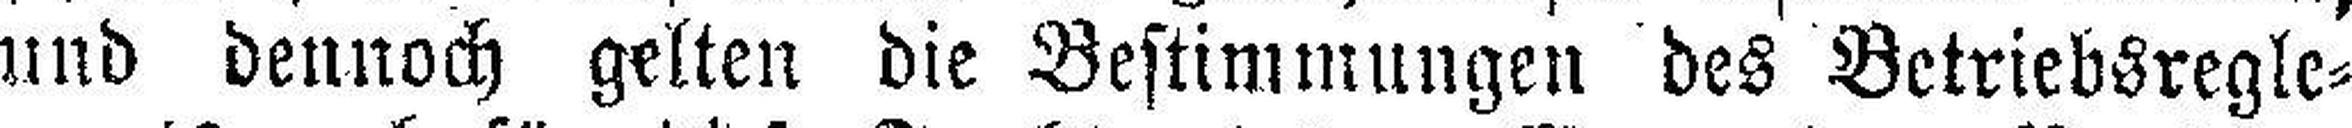
und dennoch gelten die Bestimmungen des Betriebsregle¬